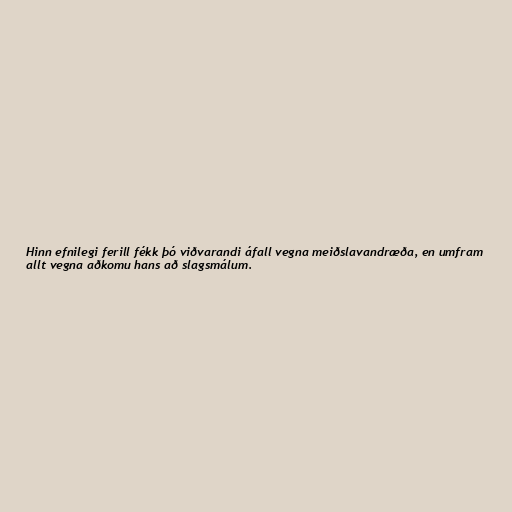
Hinn efnilegi ferill fékk þó viðvarandi áfall vegna meiðslavandræða, en umfram
allt vegna aðkomu hans að slagsmálum.